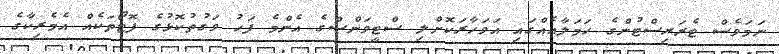
ނަމަވެސް ޓެރަރިސްޓުންގެ ހަމަލާއެއްގައި އަވަހާރަކޮށްލި ސްޓީވަންސްގެ އެންމެ ފަހު ވަގުތުކޮޅުގެ ފޮޓޯތަކެއް އެމެރިކާގެ